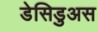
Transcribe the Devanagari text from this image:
डेसिडुअस